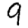
Digit: 9